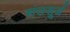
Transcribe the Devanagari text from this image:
संतसूर्य